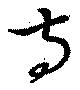
寺